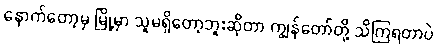
နောက်တော့မှ မြို့မှာ သူမရှိတော့ဘူးဆိုတာ ကျွန်တော်တို့ သိကြရတာပဲ